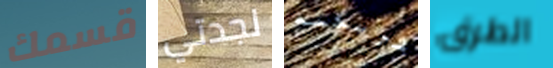
قسمك لجدتي شريكته الطرق